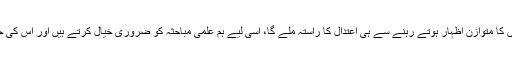
ہمارا نقطہ نظر یہ ہے کہ دونوں کا متوازن اظہار ہوتے رہنے سے ہی اعتدال کا راستہ ملے گا، اسی لیے ہم علمی مباحثہ کو ضروری خیال کرتے ہیں اور اس کی حوصلہ افزائی کرتے رہتے ہیں۔